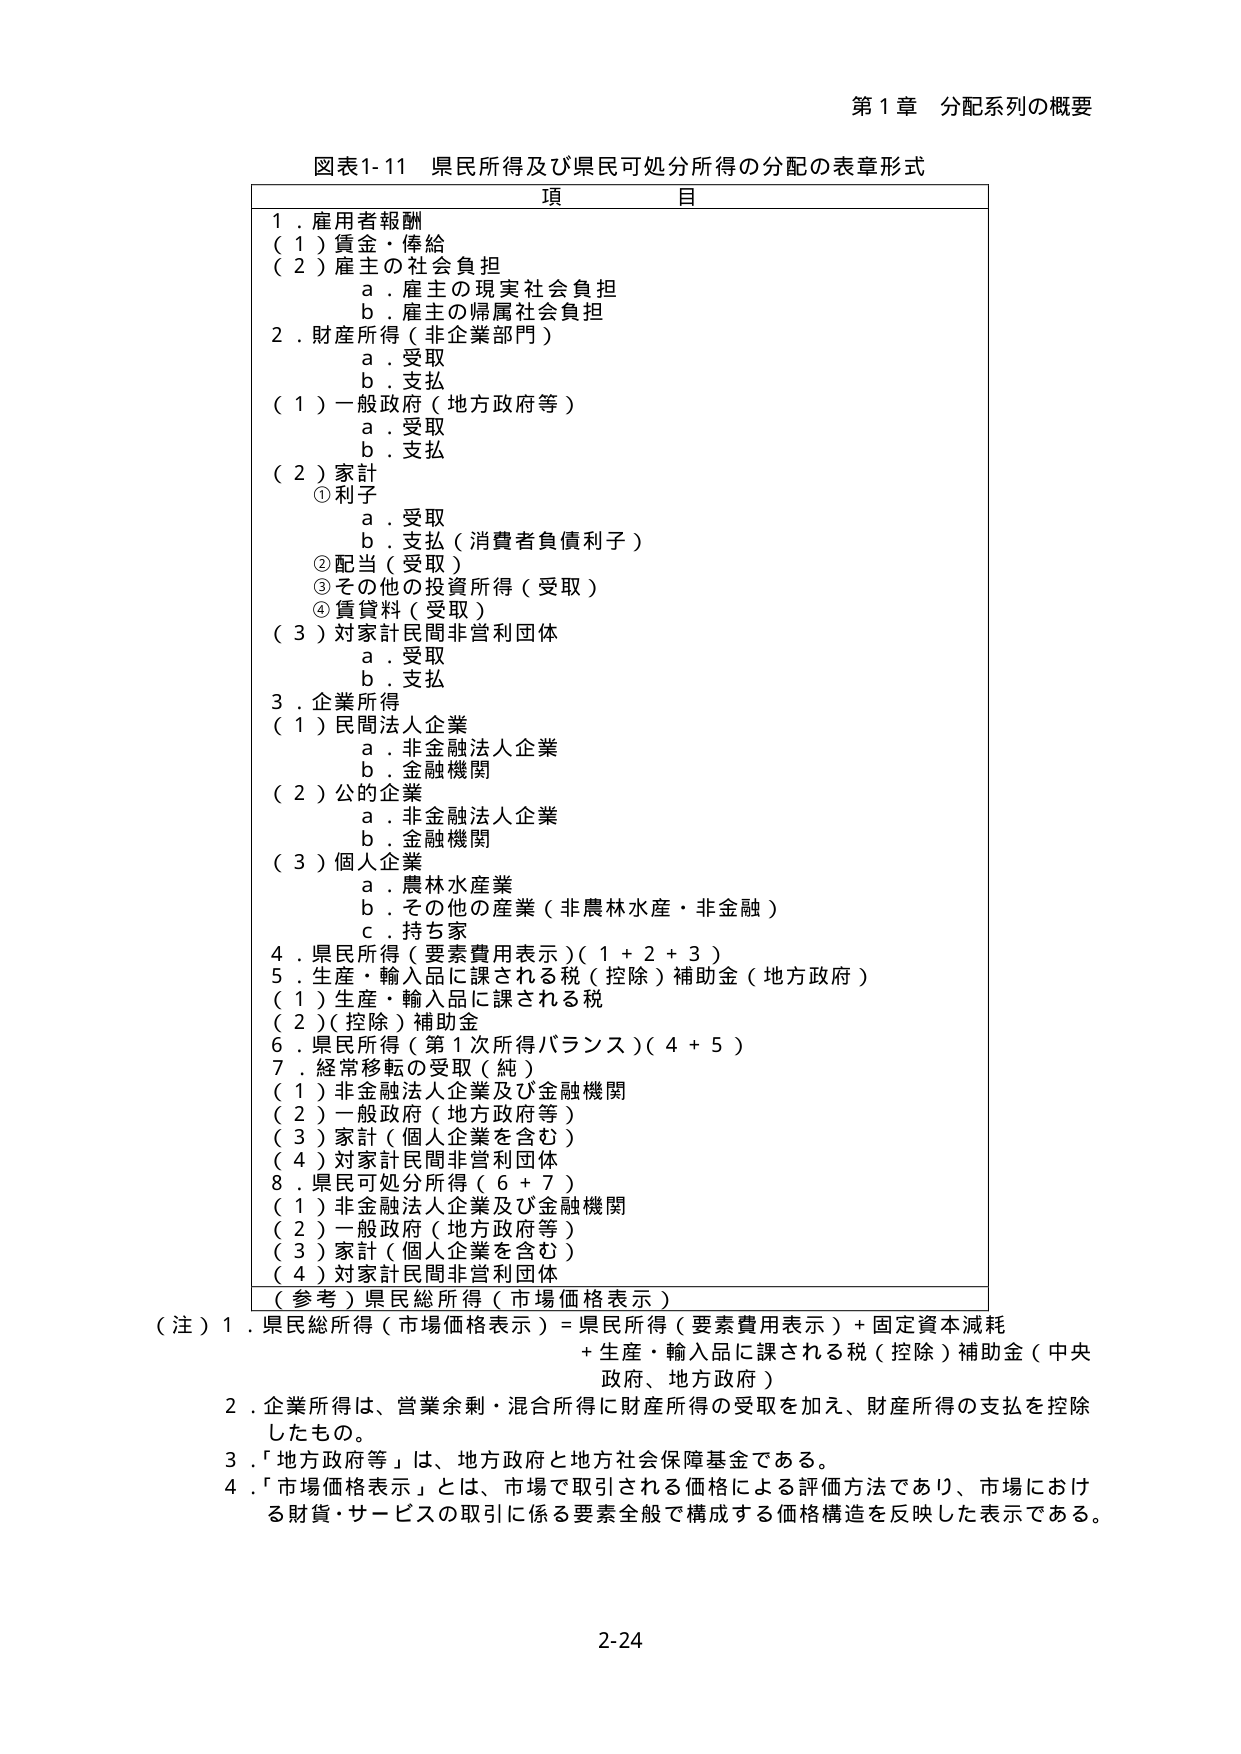
第1章 分配系列の概要

図表1-11 県民所得及び県民可処分所得の分配の表章形式

項 目

1．雇用者報酬
（1）賃金・俸給
（2）雇主の社会負担
　a．雇主の現実社会負担
　b．雇主の帰属社会負担

2．財産所得（非企業部門）
　a．受取
　b．支払
（1）一般政府（地方政府等）
　a．受取
　b．支払
（2）家計
　①利子
　　a．受取
　　b．支払（消費者負債利子）
　②配当（受取）
　③その他の投資所得（受取）
　④賃貸料（受取）
（3）対家計民間非営利団体
　a．受取
　b．支払

3．企業所得
（1）民間法人企業
　a．非金融法人企業
　b．金融機関
（2）公の企業
　a．非金融法人企業
　b．金融機関
（3）個人企業
　a．農林水産業
　b．その他の産業（非農林水産・非金融）
　c．持ち家

4．県民所得（要素費用表示）（1＋2＋3）
5．生産・輸入品に課される税（控除）補助金（地方政府）
（1）生産・輸入品に課される税
（2）（控除）補助金
6．県民所得（第1次所得バランス）（4＋5）
7．経常移転の受取（純）
（1）非金融法人企業及び金融機関
（2）一般政府（地方政府等）
（3）家計（個人企業を含む）
（4）対家計民間非営利団体
8．県民可処分所得（6＋7）
（1）非金融法人企業及び金融機関
（2）一般政府（地方政府等）
（3）家計（個人企業を含む）
（4）対家計民間非営利団体

（参考）県民総所得（市場価格表示）

（注）1．県民総所得（市場価格表示）＝県民所得（要素費用表示）＋固定資本減耗
　　　　＋生産・輸入品に課される税（控除）補助金（中央政府、地方政府）

2．企業所得は、営業余剰・混合所得に財産所得の受取を加え、財産所得の支払を控除したもの。

3．「地方政府等」は、地方政府と地方社会保障基金である。

4．「市場価格表示」とは、市場で取引される価格による評価方法であり、市場における財貨・サービスの取引に係る要素全般で構成する価格構造を反映した表示である。

2-24